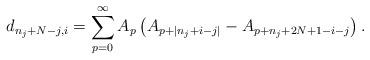
LaTeX: \begin{align*}d_{n_{j}+N-j,i} = \sum_{p=0}^{\infty}A_{p}\left(A_{p+|n_{j}+i-j|}-A_{p+n_{j}+2N+1-i-j}\right). \end{align*}